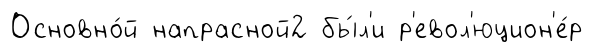
Основно́й напрасной2 бы́л'и р'евол'юцион'е́р